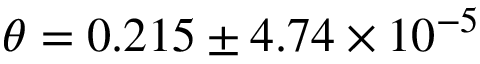
\theta = 0 . 2 1 5 \pm 4 . 7 4 \times 1 0 ^ { - 5 }